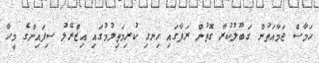
ހަމާސް ޖަމާއަތުން ގަބޫލުކުރާ ގޮތުން ރަފާގައި ހިނގި ކުރިމަތިލުމުގައި އިޒްރޭލު ސިފައިންގެ މީހާ